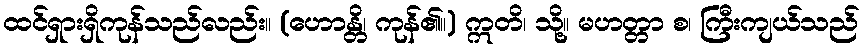
ထင်ရှားရှိကုန်သည်လည်း။ (ဟောန္တိ၊ ကုန်၏။) ဣတိ၊ သို့။ မဟတ္တာ စ၊ ကြီးကျယ်သည်